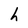
Character: h